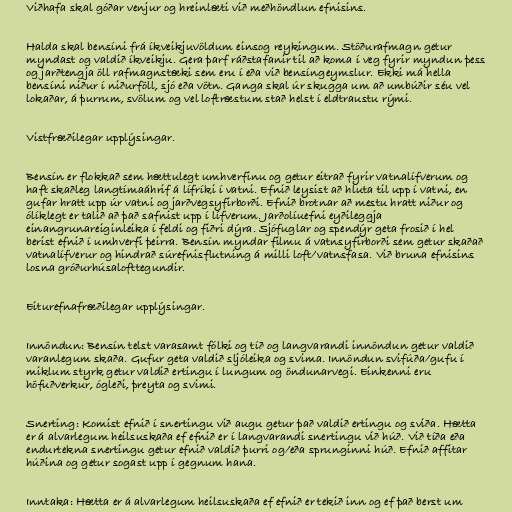
Viðhafa skal góðar venjur og hreinlæti við meðhöndlun efnisins.

Halda skal bensíni frá íkveikjuvöldum einsog reykingum. Stöðurafmagn getur
myndast og valdið íkveikju. Gera þarf ráðstafanir til að koma í veg fyrir myndun þess
og jarðtengja öll rafmagnstæki sem eru í eða við bensíngeymslur. Ekki má hella
bensíni niður í niðurföll, sjó eða vötn. Ganga skal úr skugga um að umbúðir séu vel
lokaðar, á þurrum, svölum og vel loftræstum stað helst í eldtraustu rými.

Vistfræðilegar upplýsingar.

Bensín er flokkað sem hættulegt umhverfinu og getur eitrað fyrir vatnalífverum og
haft skaðleg langtímaáhrif á lífríki í vatni. Efnið leysist að hluta til upp í vatni, en
gufar hratt upp úr vatni og jarðvegsyfirborði. Efnið brotnar að mestu hratt niður og
ólíklegt er talið að það safnist upp í lífverum. Jarðolíuefni eyðileggja
einangrunareiginleika í feldi og fiðri dýra. Sjófuglar og spendýr geta frosið í hel
berist efnið í umhverfi þeirra. Bensín myndar filmu á vatnsyfirborði sem getur skaðað
vatnalífverur og hindrað súrefnisflutning á milli loft/vatnsfasa. Við bruna efnisins
losna gróðurhúsalofttegundir.

Eiturefnafræðilegar upplýsingar.

Innöndun: Bensín telst varasamt fólki og tíð og langvarandi innöndun getur valdið
varanlegum skaða. Gufur geta valdið sljóleika og svima. Innöndun svifúða/gufu í
miklum styrk getur valdið ertingu í lungum og öndunarvegi. Einkenni eru
höfuðverkur, ógleði, þreyta og svimi.

Snerting: Komist efnið í snertingu við augu getur það valdið ertingu og sviða. Hætta
er á alvarlegum heilsuskaða ef efnið er í langvarandi snertingu við húð. Við tíða eða
endurtekna snertingu getur efnið valdið þurri og/eða sprunginni húð. Efnið affitar
húðina og getur sogast upp í gegnum hana.

Inntaka: Hætta er á alvarlegum heilsuskaða ef efnið er tekið inn og ef það berst um